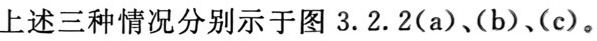
上述三种情况分别示于图 3.2.2(a)、(b)、(c)。